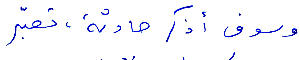
وسوف أذكر حادثة، تعبّر